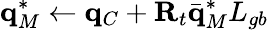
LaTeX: \mathbf q_{M}^{*}\gets\mathbf q_{C}+\mathbf R_{t}\bar{\mathbf q}_{M}^{*}L_{gb}